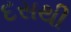
દસથી